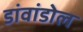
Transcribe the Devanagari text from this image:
डांवांडोल